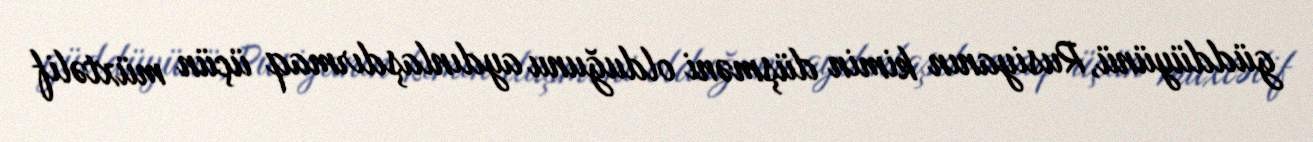
güddüyünü, Rusiyanın kimin düşməni olduğunu aydınlaşdırmaq üçün müxtəlif